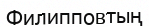
Филипповтың